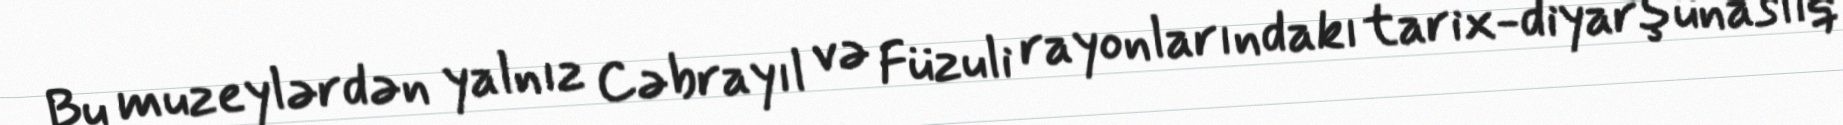
Bu muzeylərdən yalnız Cəbrayıl və Füzuli rayonlarındakı tarix-diyarşünaslıq